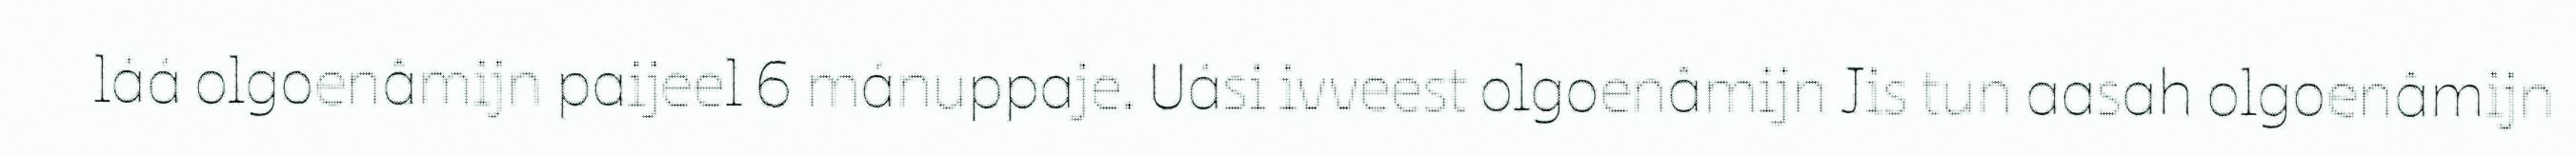
láá olgoenâmijn paijeel 6 mánuppaje. Uási ivveest olgoenâmijn Jis tun aasah olgoenâmijn